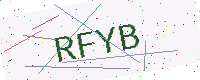
Text: RFYB